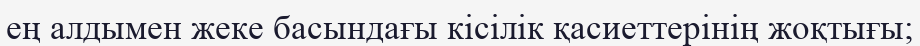
ең алдымен жеке басындағы кісілік қасиеттерінің жоқтығы;